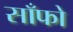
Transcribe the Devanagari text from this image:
साँफो